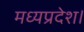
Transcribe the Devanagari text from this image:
मध्‍यप्रदेश।